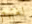
لغتهم